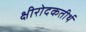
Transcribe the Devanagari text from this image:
क्षीरोदकतीर्थ